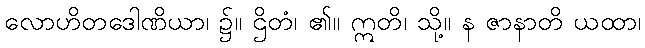
လောဟိတဒေါဏိယာ၊ ၌။ ဌိတံ၊ ၏။ ဣတိ၊ သို့။ န ဇာနာတိ ယထာ၊